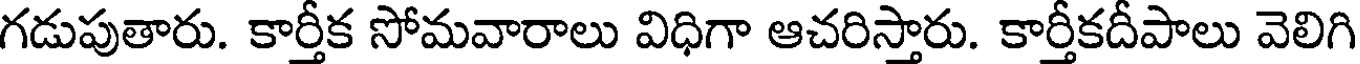
గడుపుతారు. కార్తీక సోమవారాలు విధిగా ఆచరిస్తారు. కార్తీకదీపాలు వెలిగి